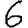
Digit: 6